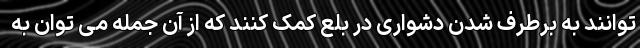
توانند به برطرف شدن دشواری در بلع کمک کنند که از آن جمله می توان به